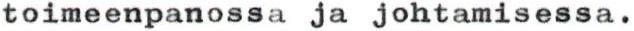
toimeenpanossa ja johtamisessa.